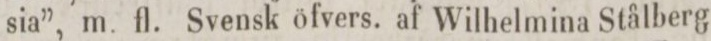
sia”, m. fl. Svensk öfvers. af Wilhelmina Stålberg 2: ”